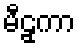
မီဠှကာ